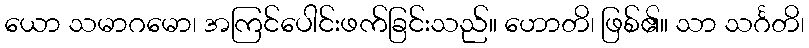
ယော သမာဂမော၊ အကြင်ပေါင်းဖက်ခြင်းသည်။ ဟောတိ၊ ဖြစ်၏။ သာ သင်္ဂတိ၊